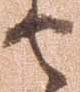
せ